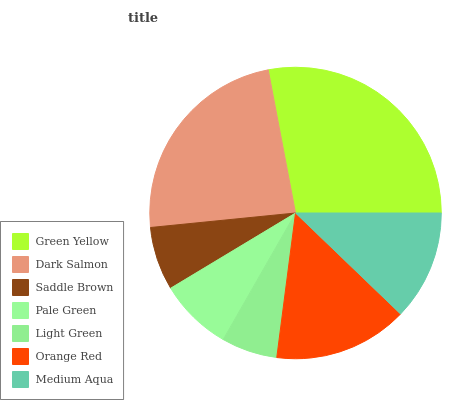
| Green Yellow | Dark Salmon | Saddle Brown | Pale Green | Light Green | Orange Red | Medium Aqua |
 | --- | --- | --- | --- | --- | --- | --- |
 | 28% | 23.6% | 7.05% | 8.1% | 6.22% | 14.9% | 12.2% |